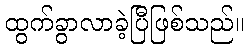
ထွက်ခွာလာခဲ့ပြီဖြစ်သည်။